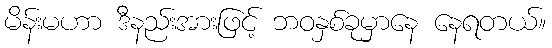
မိန်းမဟာ ဒီနည်းအားဖြင့် ဘဝနှစ်ခုမှာနေ နေရတယ်။